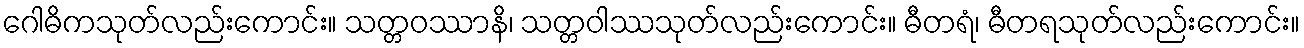
ဂေါဓိကသုတ်လည်းကောင်း။ သတ္တဝဿာနိ၊ သတ္တဝါဿသုတ်လည်းကောင်း။ ဓီတရံ၊ ဓီတရသုတ်လည်းကောင်း။